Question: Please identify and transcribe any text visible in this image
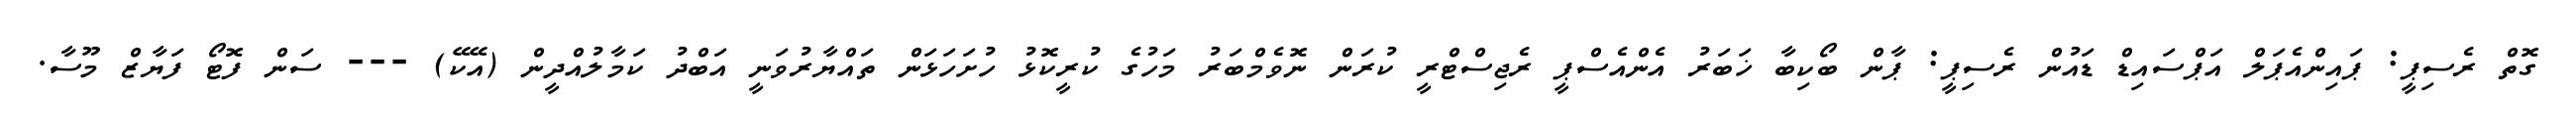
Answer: ގޮތް ރެސިޕީ: ޕައިންއެޕަލް އަޕްސައިޑް ޑައުން ރެސިޕީ: ޕާން ބޯކިބާ ޚަބަރު އެންއެސްޕީ ރެޖިސްޓްރީ ކުރަން ނޮވެމްބަރު މަހުގެ ކުރީކޮޅު ހުށަހަޅަން ތައްޔާރުވަނީ އަބްދު ކަމާލުއްދީން (އޭކޭ) --- ސަން ފޮޓޯ ފަޔާޒް މޫސާ.